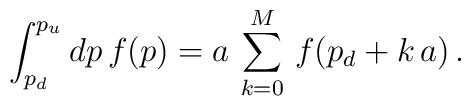
\int_{p_{d}}^{p_{u}} dp \, f(p) = a \,     \sum_{k=0}^{M} \, f(p_{d} + k \, a) \, .